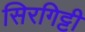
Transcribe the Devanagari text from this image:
सिरगिट्टी